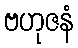
ဗဟုဇနံ